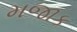
મજાક